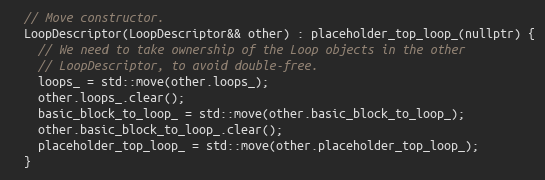
Language: C
  // Move constructor.
  LoopDescriptor(LoopDescriptor&& other) : placeholder_top_loop_(nullptr) {
    // We need to take ownership of the Loop objects in the other
    // LoopDescriptor, to avoid double-free.
    loops_ = std::move(other.loops_);
    other.loops_.clear();
    basic_block_to_loop_ = std::move(other.basic_block_to_loop_);
    other.basic_block_to_loop_.clear();
    placeholder_top_loop_ = std::move(other.placeholder_top_loop_);
  }